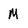
Character: M